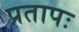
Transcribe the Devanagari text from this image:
प्रतापः